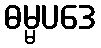
ဓမ္မပဒေ